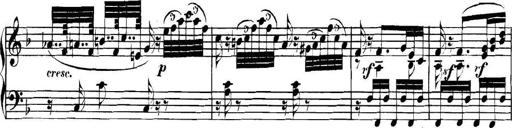
Title: Collected Piano Sonatas
Composer: Muzio Clementi